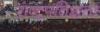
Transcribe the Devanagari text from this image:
राष्ट्रपतिज्ञता